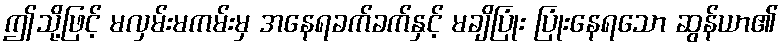
ဤသို့ဖြင့် မလှမ်းမကမ်းမှ အနေရခက်ခက်နှင့် မချိပြုံး ပြုံးနေရသော ဆွန်ယာ၏